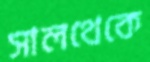
সালথেকে